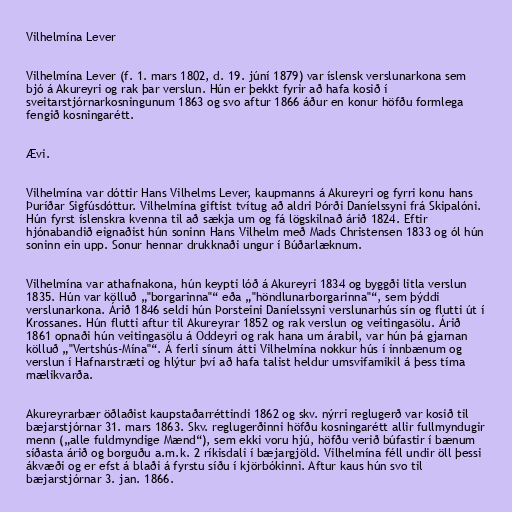
Vilhelmína Lever

Vilhelmína Lever (f. 1. mars 1802, d. 19. júní 1879) var íslensk verslunarkona sem
bjó á Akureyri og rak þar verslun. Hún er þekkt fyrir að hafa kosið í
sveitarstjórnarkosningunum 1863 og svo aftur 1866 áður en konur höfðu formlega
fengið kosningarétt.

Ævi.

Vilhelmína var dóttir Hans Vilhelms Lever, kaupmanns á Akureyri og fyrri konu hans
Þuríðar Sigfúsdóttur. Vilhelmína giftist tvítug að aldri Þórði Daníelssyni frá Skipalóni.
Hún fyrst íslenskra kvenna til að sækja um og fá lögskilnað árið 1824. Eftir
hjónabandið eignaðist hún soninn Hans Vilhelm með Mads Christensen 1833 og ól hún
soninn ein upp. Sonur hennar drukknaði ungur í Búðarlæknum.

Vilhelmína var athafnakona, hún keypti lóð á Akureyri 1834 og byggði litla verslun
1835. Hún var kölluð „"borgarinna"“ eða „"höndlunarborgarinna"“, sem þýddi
verslunarkona. Árið 1846 seldi hún Þorsteini Daníelssyni verslunarhús sín og flutti út í
Krossanes. Hún flutti aftur til Akureyrar 1852 og rak verslun og veitingasölu. Árið
1861 opnaði hún veitingasölu á Oddeyri og rak hana um árabil, var hún þá gjarnan
kölluð „"Vertshús-Mína"“. Á ferli sínum átti Vilhelmína nokkur hús í innbænum og
verslun í Hafnarstræti og hlýtur því að hafa talist heldur umsvifamikil á þess tíma
mælikvarða.

Akureyrarbær öðlaðist kaupstaðarréttindi 1862 og skv. nýrri reglugerð var kosið til
bæjarstjórnar 31. mars 1863. Skv. reglugerðinni höfðu kosningarétt allir fullmyndugir
menn („alle fuldmyndige Mænd“), sem ekki voru hjú, höfðu verið búfastir í bænum
síðasta árið og borguðu a.m.k. 2 ríkisdali í bæjargjöld. Vilhelmína féll undir öll þessi
ákvæði og er efst á blaði á fyrstu síðu í kjörbókinni. Aftur kaus hún svo til
bæjarstjórnar 3. jan. 1866.